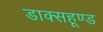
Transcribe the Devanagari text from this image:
डाक्सहूण्ड